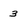
Character: 3